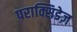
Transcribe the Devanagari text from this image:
पराक्सिडेज़